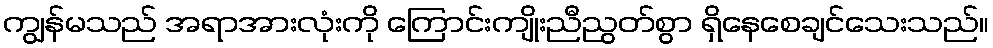
ကျွန်မသည် အရာအားလုံးကို ကြောင်းကျိုးညီညွတ်စွာ ရှိနေစေချင်သေးသည်။